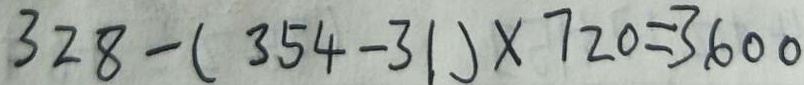
3 2 8 - ( 3 5 4 - 3 1 ) \times 7 2 0 = 3 6 0 0